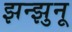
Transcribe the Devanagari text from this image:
झन्झुनू